Vaccination North-Western Provinces 1866-1877 - 1866-1877
Year: 1866
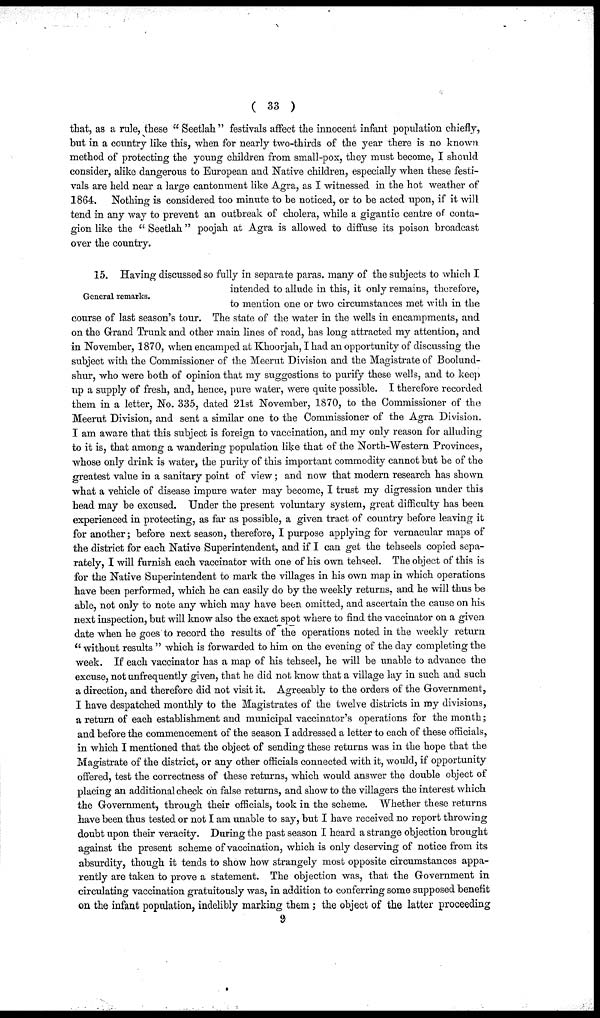
( 33 )
that, as a rule, these " Seetlah " festivals affect the innocent infant population chiefly,
but in a country like this, when for nearly two-thirds of the year there is no known
method of protecting the young children from small-pox, they must become, I should
consider, alike dangerous to European and Native children, especially when these festi-
vals are held near a large cantonment like Agra, as I witnessed in the hot weather of
1864. Nothing is considered too minute to be noticed, or to be acted upon, if it will
tend in any way to prevent an outbreak of cholera, while a gigantic centre of conta-
gion like the " Seetlah" poojah at Agra is allowed to diffuse its poison broadcast
over the country.
General remarks.
15. Having discussed so fully in separate paras. many of the subjects to which I
intended to allude in this, it only remains, therefore,
to mention one or two circumstances met with in the
course of last season's tour. The state of the water in the wells in encampments, and
on the Grand Trunk and other main lines of road, has long attracted my attention, and
in November, 1870, when encamped at Khoorjah, I had an opportunity of discussing the
subject with the Commissioner of the Meerut Division and the Magistrate of Boolund¬
shur, who were both of opinion that my suggestions to purify these wells, and to keep
up a supply of fresh, and, hence, pure water, were quite possible. I therefore recorded
them in a letter, No. 335, dated 21st November, 1870, to the Commissioner of the
Meerut Division, and sent a similar one to the Commissioner of the Agra Division.
I am aware that this subject is foreign to vaccination, and my only reason for alluding
to it is, that among a wandering population like that of the North-Western Provinces,
whose only drink is water, the purity of this important commodity cannot but be of the
greatest value in a sanitary point of view; and now that modern research has shown
what a vehicle of disease impure water may become, I trust my digression under this
head may be excused. Under the present voluntary system, great difficulty has been
experienced in protecting, as far as possible, a given tract of country before leaving it
for another; before next season, therefore, I purpose applying for vernacular maps of
the district for each Native Superintendent, and if I can get the tehseels copied sepa-
rately, I will furnish each vaccinator with one of his own tehseel. The object of this is
for the Native Superintendent to mark the villages in his own map in which operations
have been performed, which he can easily do by the weekly returns, and he will thus be
able, not only to note any which may have been omitted, and ascertain the cause on his
next inspection, but will know also the exact spot where to find the vaccinator on a given
date when he goes to record the results of the operations noted in the weekly return
" without results " which is forwarded to him on the evening of the day completing the
week. If each vaccinator has a map of his tehseel, he will be unable to advance the
excuse, not unfrequently given, that he did not know that a village lay in such and such
a direction, and therefore did not visit it. Agreeably to the orders of the Government,
I have despatched monthly to the Magistrates of the twelve districts in my divisions,
a return of each establishment and municipal vaccinator's operations for the month;
and before the commencement of the season I addressed a letter to each of these officials,
in which I mentioned that the object of sending these returns was in the hope that the
Magistrate of the district, or any other officials connected with it, would, if opportunity
offered, test the correctness of these returns, which would answer the double object of
placing an additional check on false returns, and show to the villagers the interest which
the Government, through their officials, took in the scheme. Whether these returns
have been thus tested or not I am unable to say, but I have received no report throwing
doubt upon their veracity. During the past season I heard a strange objection brought
against the present scheme of vaccination, which is only deserving of notice from its
absurdity, though it tends to show how strangely most opposite circumstances appa-
rently are taken to prove a statement. The objection was, that the Government in
circulating vaccination gratuitously was, in addition to conferring some supposed benefit
on the infant population, indelibly marking them; the object of the latter proceeding
9